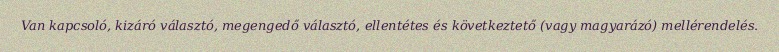
Van kapcsoló, kizáró választó, megengedő választó, ellentétes és következtető (vagy magyarázó) mellérendelés.